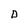
Character: D